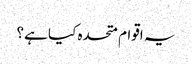
یہ اقوام متحدہ کیا ہے؟